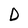
Character: D